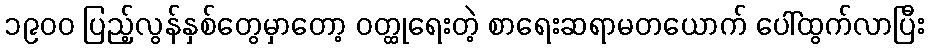
၁၉၀၀ ပြည့်လွန်နှစ်တွေမှာတော့ ဝတ္ထုရေးတဲ့ စာရေးဆရာမတယောက် ပေါ်ထွက်လာပြီး